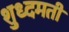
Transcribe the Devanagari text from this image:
शुध्दमती